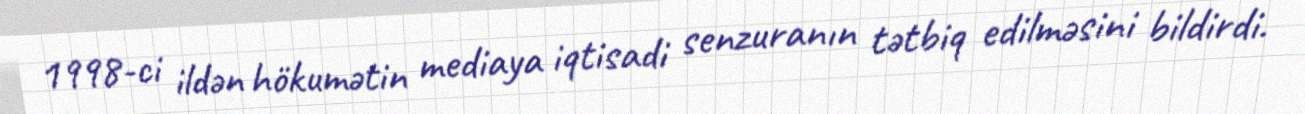
1998-ci ildən hökumətin mediaya iqtisadi senzuranın tətbiq edilməsini bildirdi.